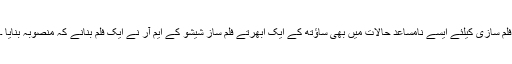
فلم سازی کیلئے ایسے نامساعد حالات میں بھی ساؤتھ کے ایک ابھرتے فلم ساز شیشو کے ایم آر نے ایک فلم بنانے کہ منصوبہ بنایا ۔